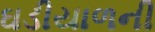
ઘડીયાળની